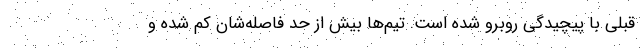
قبلی با پیچیدگی روبرو شده است. تیم‌ها بیش از حد فاصله‌شان کم شده و